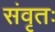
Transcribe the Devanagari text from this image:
संवृतः